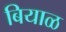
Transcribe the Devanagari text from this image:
बियाळ